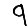
Digit: 9